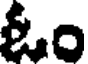
ఓం